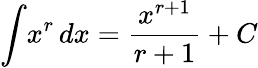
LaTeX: \int\! x^{r}\, dx={\frac{x^{r+1}}{r+1}}+C